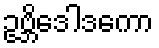
ဥဗ္ဘိဒေါဒကော